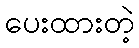
ပေးထားတဲ့